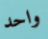
واحد